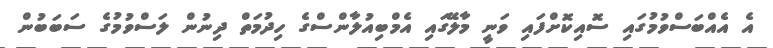
އެ އެއްބަސްވުމުގައި ސޮއިކޮށްފައި ވަނީ މާލޭގައި އެމްބިއުލާންސްގެ ހިދުމަތް ދިނުން ލަސްވުމުގެ ސަބަބުން